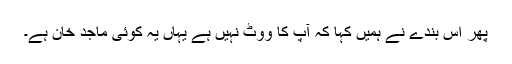
پھر اس بندے نے ہمیں کہا کہ آپ کا ووٹ نہیں ہے یہاں یہ کوئی ماجد خان ہے۔